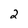
Character: 2